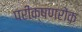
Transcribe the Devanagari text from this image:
परीक्षणरोक